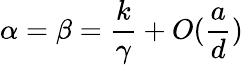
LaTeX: \alpha=\beta=\frac{k}{\gamma}+O(\frac{a}{d})